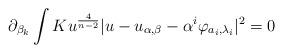
LaTeX: \begin{align*}\partial_{\beta_{k}}\int Ku^{\frac{4}{n-2}}\vert u-u_{\alpha, \beta}-\alpha^{i}\varphi_{a_{i}, \lambda_{i}}\vert^{2}=0\end{align*}